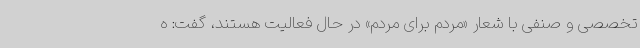
تخصصی و صنفی با شعار «مردم برای مردم» در حال فعالیت هستند، گفت: ه